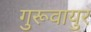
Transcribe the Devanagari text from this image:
गुरूवायुर